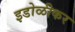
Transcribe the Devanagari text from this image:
इडोळीकर